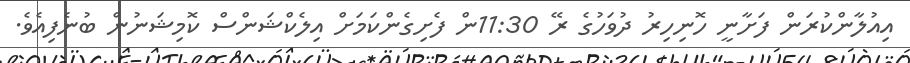
އިއުލާންކުރަން ފަށާނީ ހޮނިހިރު ދުވަހުގެ ރޭ 11:30ން ފެށިގެންކަމަށް އިލެކްޝަންސް ކޮމިޝަނުން ބުނެފިއެވެ.